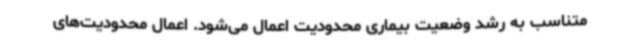
متناسب به رشد وضعیت بیماری محدودیت اعمال می‌شود. اعمال محدودیت‌های